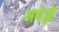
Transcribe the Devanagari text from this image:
अधेड़ों